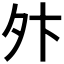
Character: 𫝢